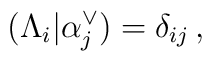
(\Lambda_i|\alpha_j^\vee) = \delta_{ij} \,,